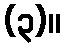
(၃)။